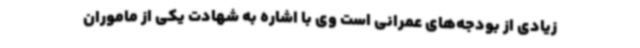
زیادی از بودجه‌های عمرانی است وی با اشاره به شهادت یکی از ماموران